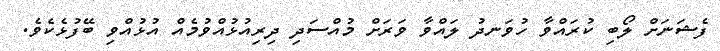
ފެޝަނަށް ލޯބި ކުރައްވާ ހުވަނދު ލައްވާ ވަރަށް މުއްސަދި ދިރިއުޅުއްވުމެއް އުޅުއްވި ބޭފުޅެކެވެ.